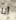
أنا